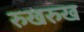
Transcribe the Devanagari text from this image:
रुखरुख